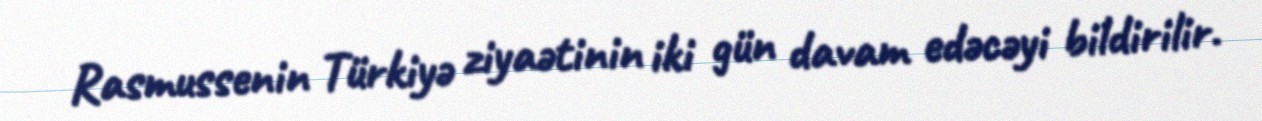
Rasmussenin Türkiyə ziyaətinin iki gün davam edəcəyi bildirilir.